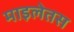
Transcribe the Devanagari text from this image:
माइलेतस